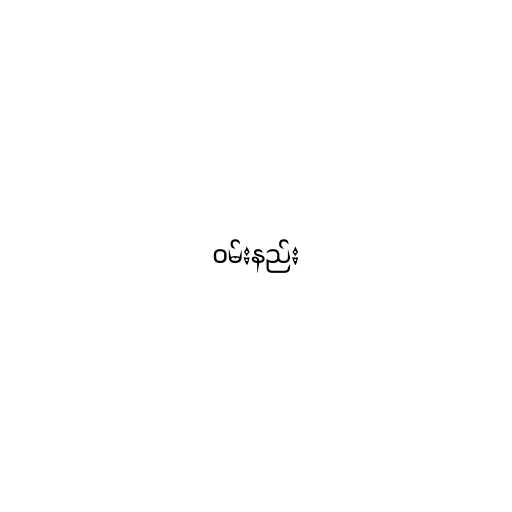
ဝမ်းနည်း